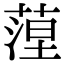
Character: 𦶄